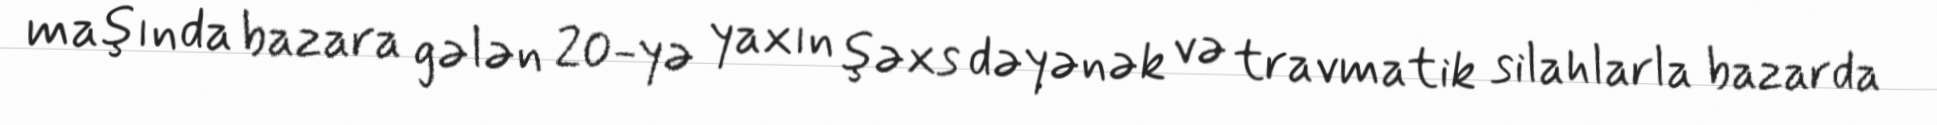
maşında bazara gələn 20-yə yaxın şəxs dəyənək və travmatik silahlarla bazarda